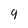
Character: 9